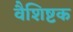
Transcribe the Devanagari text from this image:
वैशिष्टक